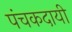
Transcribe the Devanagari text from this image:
पंचकदायी